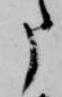
申